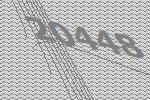
20448